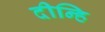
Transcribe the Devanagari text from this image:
दीन्हि